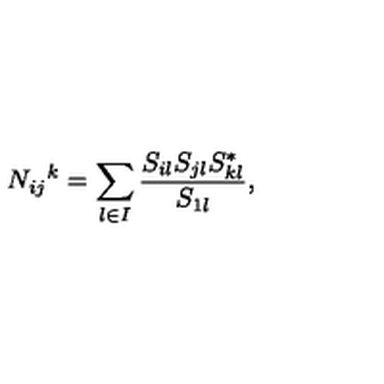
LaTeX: N _ { i j } { } ^ { k } = \sum _ { l \in I } \frac { S _ { i l } S _ { j l } S _ { k l } ^ { * } } { S _ { 1 l } } ,